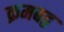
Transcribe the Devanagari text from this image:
क्रमबद्व